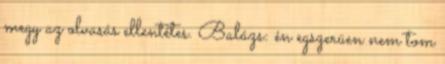
megy az olvasás ellentétes. Balázs: én egszerüen nem tom